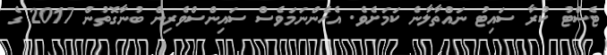
ޓެސްޓު ކުރާ ސައިޓު ނައްތާލާނެ ކަަމަށެވެ. އެހެންނަމަވެސް ސައިންސްވެރިން ބުނާގޮތުން 2017 ގެ